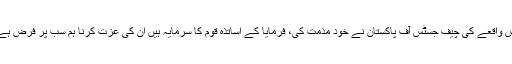
اس واقعے کی چیف جسٹس آف پاکستان نے خود مذمت کی، فرمایا کے اساتذہ قوم کا سرمایہ ہیں ان کی عزت کرنا ہم سب پر فرض ہے۔